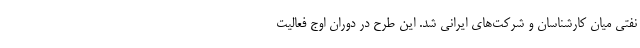
نفتی میان کارشناسان و شرکت‌های ایرانی شد. این طرح در دوران اوج فعاليت